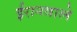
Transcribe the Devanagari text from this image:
ईरानवाले